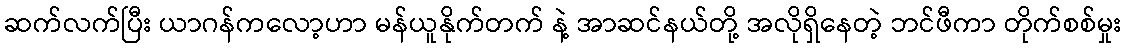
ဆက်လက်ပြီး ယာဂန်ကလော့ဟာ မန်ယူနိုက်တက် နဲ့ အာဆင်နယ်တို့ အလိုရှိနေတဲ့ ဘင်ဖီကာ တိုက်စစ်မှုး